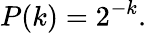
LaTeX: P(k)=2^{-k}.